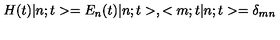
H ( t ) | n ; t > = E _ { n } ( t ) | n ; t > , < m ; t | n ; t > = \delta _ { m n }